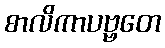
စာလိကာပဗ္ဗတေ